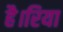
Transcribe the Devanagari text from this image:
है।रिया